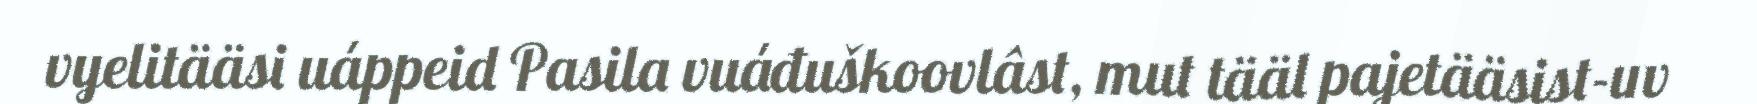
vyelitääsi uáppeid Pasila vuáđuškoovlâst, mut tääl pajetääsist-uv